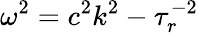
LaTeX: \omega^{2}=c^{2}k^{2}-\tau_{r}^{-2}